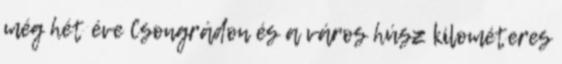
még hét éve Csongrádon és a város húsz kilométeres